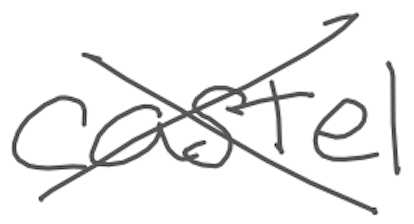
Text: castle
Cross-out: mix
Writing tool: digital_gray